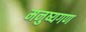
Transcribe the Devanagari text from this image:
मनुष्यगण